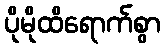
ပိုမိုထိရောက်စွာ